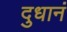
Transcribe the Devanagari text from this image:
दुधानं